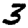
Digit: 3